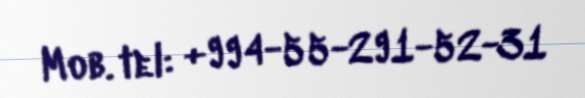
Mob. tel: +994-55-291-52-31